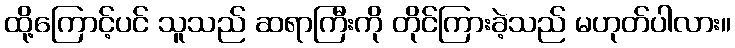
ထို့ကြောင့်ပင် သူသည် ဆရာကြီးကို တိုင်ကြားခဲ့သည် မဟုတ်ပါလား။